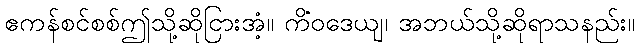
ဧကန်စင်စစ်ဤသို့ဆိုငြားအံ့။ ကိံဝဒေယျ၊ အဘယ်သို့ဆိုရာသနည်း။